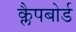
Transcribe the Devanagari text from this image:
क्लैपबोर्ड